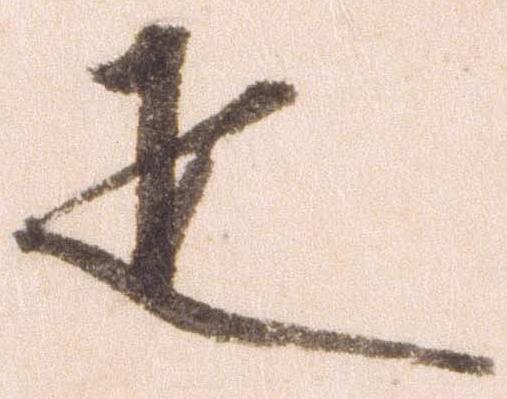
疋